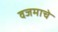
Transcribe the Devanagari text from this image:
वजमाचे